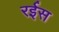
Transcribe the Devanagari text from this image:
रर्इस